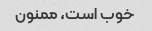
خوب است، ممنون